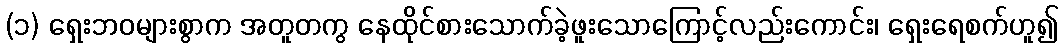
(၁) ရှေးဘဝများစွာက အတူတကွ နေထိုင်စားသောက်ခဲ့ဖူးသောကြောင့်လည်းကောင်း၊ ရှေးရေစက်ဟူ၍